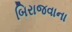
બિરાજવાના